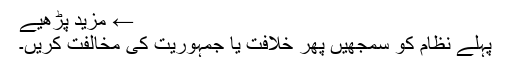
← مزید پڑھیے
پہلے نظام کو سمجھیں پھر خلافت یا جمہوریت کی مخالفت کریں۔